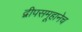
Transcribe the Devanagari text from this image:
द्वीपसमूहानेच